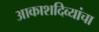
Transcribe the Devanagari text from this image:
आकाशदिव्यांचा